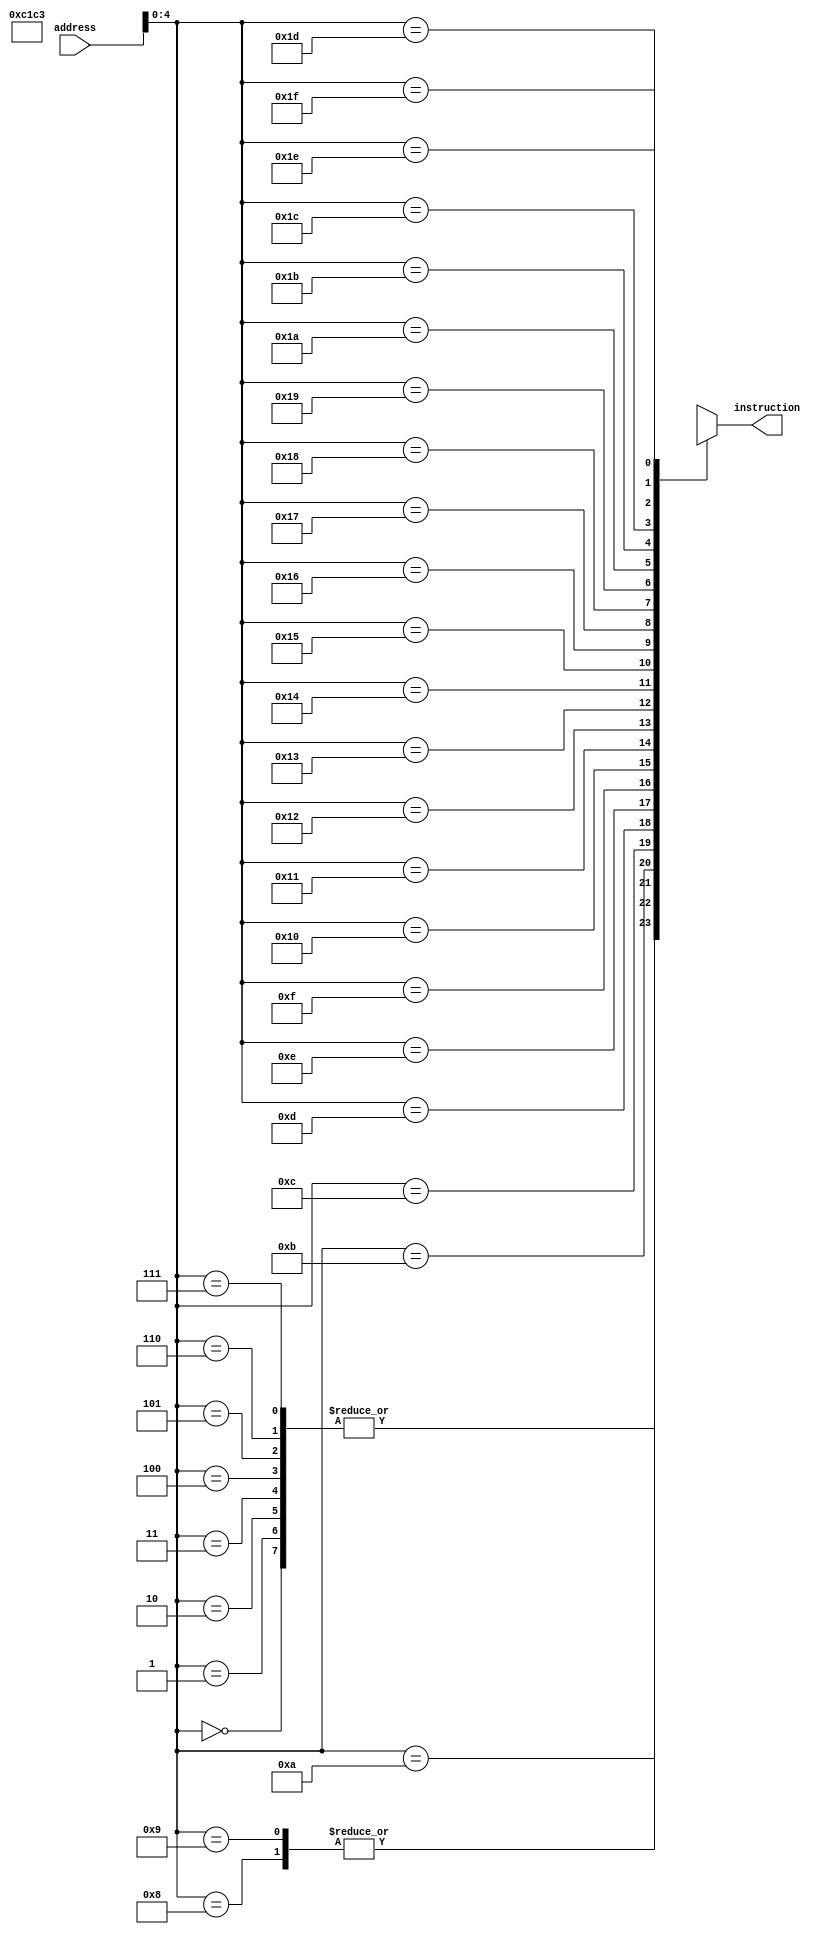
module imem2(
    input [7:0] address,
    output [7:0] instruction
);

wire [7:0] memory [0:31];
assign memory[0] = 8'b11000001;
assign memory[1] = 8'b11000001;
assign memory[2] = 8'b11000001;
assign memory[3] = 8'b11000001;
assign memory[4] = 8'b11000001;
assign memory[5] = 8'b11000001;
assign memory[6] = 8'b11000001;
assign memory[7] = 8'b11000001;
assign memory[8] = 8'b11000011;
assign memory[9] = 8'b11000011;
assign instruction = memory[address];
endmodule